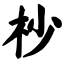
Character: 杪